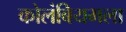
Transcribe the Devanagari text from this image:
कोलंबियमला